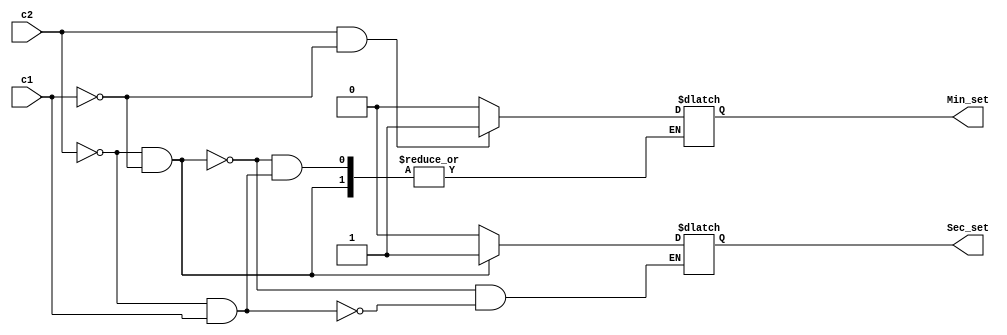
/* 
		Converter Module 
		By: Harith S. Ibrahim
		Date: 14, May, 2022
		**Recieves switch user-input to select timer mode**
*/

module Converter(

input c1,
input c2,
output reg Sec_set,
output reg Min_set

);

always @ ( * )

	begin


		if ( !c2 && !c1 )// 0 0 
			Sec_set <= 5 ;//5 seconds mode



		else if ( !c2 && c1 )// 0 1
			Sec_set <= 30 ;//30 seconds mode

			
		else if ( c2 && !c1 )// 1 0
			Min_set <= 1 ;//1 minute mode


		else

			Min_set <= 2 ;// 1 1 
							  //2 minutes mode

	end
endmodule